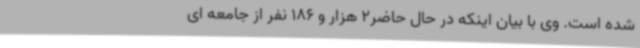
شده است. وی با بیان اینکه در حال حاضر2 هزار و 186 نفر از جامعه ای